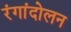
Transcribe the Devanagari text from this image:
रंगांदोलन